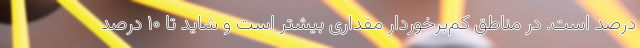
درصد است. در مناطق کم‌برخوردار مقداری بیشتر است و شاید تا ۱۰ درصد